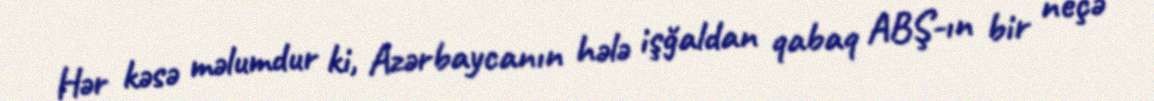
Hər kəsə məlumdur ki, Azərbaycanın hələ işğaldan qabaq ABŞ-ın bir neçə